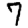
Digit: 7